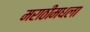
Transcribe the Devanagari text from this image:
मराठीमधला